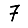
Digit: 7